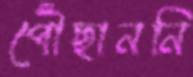
পৌঁছাননি